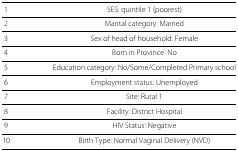
| 1 | ES: quintile 1 (poorest) |
 | --- | --- |
 | 2 | Marital category: Married |
 | 3 | Sex of head of household: Female |
 | 4 | Born in Province: No |
 | 5 | Education category: No/Some/Completed Primary school |
 | 6 | Employment status: Unemployed |
 | 7 | Site: Rural 1 |
 | 8 | Facility: District Hospital |
 | 9 | HIV Status: Negative |
 | 10 | Birth Type: Normal Vaginal Delivery (NVD) |